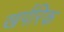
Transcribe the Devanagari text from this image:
खर्परिक